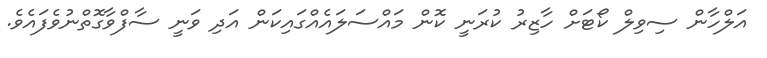
އަލްހާން ސިވިލް ކޯޓަށް ހާޒިރު ކުރަނީ ކޮން މައްސަލައެއްގައިކަން އަދި ވަނީ ސާފްވާގޮތްނުވެފައެވެ.